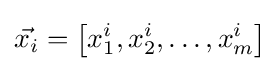
{\vec {x_{i}}}=\left[x_{1}^{i},x_{2}^{i},\ldots ,x_{m}^{i}\right]